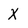
Character: X